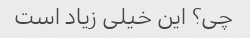
چی؟ این خیلی زیاد است